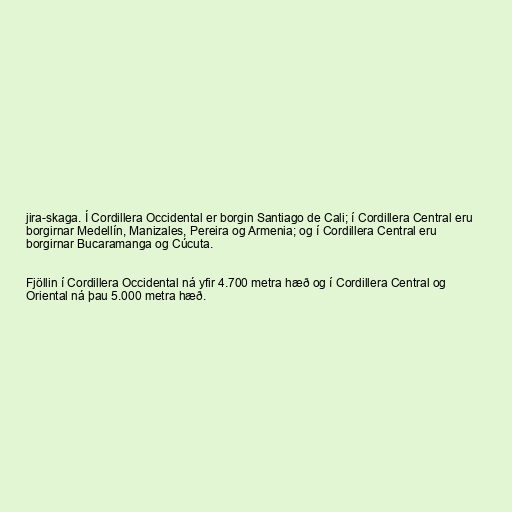
jira-skaga. Í Cordillera Occidental er borgin Santiago de Cali; í Cordillera Central eru
borgirnar Medellín, Manizales, Pereira og Armenia; og í Cordillera Central eru
borgirnar Bucaramanga og Cúcuta.

Fjöllin í Cordillera Occidental ná yfir 4.700 metra hæð og í Cordillera Central og
Oriental ná þau 5.000 metra hæð.